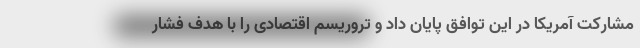
مشارکت آمریکا در این توافق پایان داد و تروریسم اقتصادی را با هدف فشار